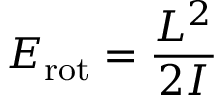
E _ { \mathrm { r o t } } = { \frac { L ^ { 2 } } { 2 I } }